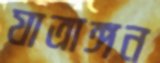
যাত্রাঙ্গন